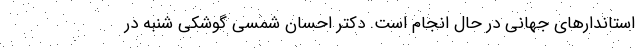
استاندارهای جهانی در حال انجام است. دکتر احسان شمسی گوشکی شنبه در